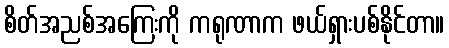
စိတ်အညစ်အကြေးကို ကရုဏာက ဖယ်ရှားပစ်နိုင်တာ။